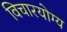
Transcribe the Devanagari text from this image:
विचारयोग्य